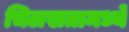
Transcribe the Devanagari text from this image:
चिलखतामध्ये